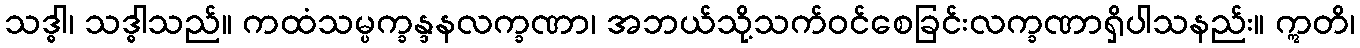
သဒ္ဓါ၊ သဒ္ဓါသည်။ ကထံသမ္ပက္ခန္ဒနလက္ခဏာ၊ အဘယ်သို့သက်ဝင်စေခြင်းလက္ခဏာရှိပါသနည်း။ ဣတိ၊